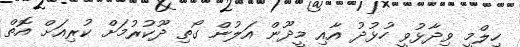
ހިލްމީ ވިދާޅުވީ ހުޅުދު އާއި މީދޫން އަލުން ގޯތި ދޫކުރުމަށް ކުރިއަށް އޮތް